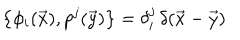
\bigl \{ \phi _ { i } ( \vec { x } ) , p ^ { j } ( \vec { y } ) \bigr \} = \delta _ { i } ^ { j } \, \delta ( \vec { x } - \vec { y } )